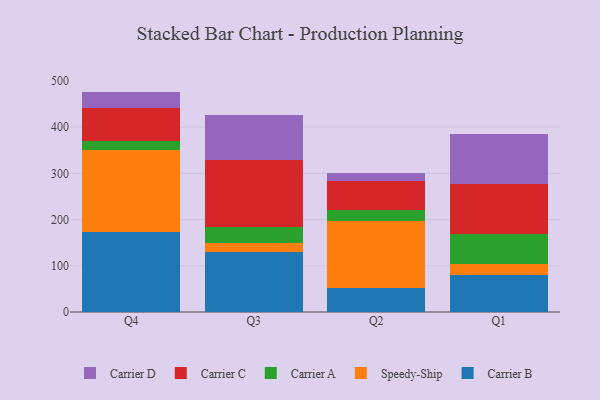
{"axis": {"x": "Quarter", "y": "Active Users"}, "legend": ["Carrier A", "Carrier B", "Carrier C", "Carrier D", "Speedy-Ship"], "data": [{"x": "Q4", "y": 173.9, "type": "Carrier B"}, {"x": "Q4", "y": 177.0, "type": "Speedy-Ship"}, {"x": "Q4", "y": 20.1, "type": "Carrier A"}, {"x": "Q4", "y": 70.7, "type": "Carrier C"}, {"x": "Q4", "y": 35.2, "type": "Carrier D"}, {"x": "Q3", "y": 130.7, "type": "Carrier B"}, {"x": "Q3", "y": 19.1, "type": "Speedy-Ship"}, {"x": "Q3", "y": 35.2, "type": "Carrier A"}, {"x": "Q3", "y": 143.0, "type": "Carrier C"}, {"x": "Q3", "y": 99.0, "type": "Carrier D"}, {"x": "Q2", "y": 53.0, "type": "Carrier B"}, {"x": "Q2", "y": 143.0, "type": "Speedy-Ship"}, {"x": "Q2", "y": 24.4, "type": "Carrier A"}, {"x": "Q2", "y": 62.7, "type": "Carrier C"}, {"x": "Q2", "y": 17.4, "type": "Carrier D"}, {"x": "Q1", "y": 80.6, "type": "Carrier B"}, {"x": "Q1", "y": 23.9, "type": "Speedy-Ship"}, {"x": "Q1", "y": 64.2, "type": "Carrier A"}, {"x": "Q1", "y": 107.6, "type": "Carrier C"}, {"x": "Q1", "y": 109.2, "type": "Carrier D"}]}